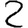
Digit: 2